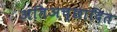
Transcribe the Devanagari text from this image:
अतिअच्छादित